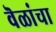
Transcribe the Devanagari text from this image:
वॆळांचा